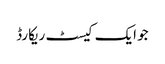
جو ایک کیسٹ ریکارڈ